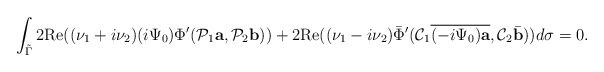
\begin{align*}\int_{\tilde\Gamma}2\mbox{Re} ((\nu_1+i\nu_2){(i\Psi_0)\Phi'(\mathcal P_1 {\mbox{\bf a}},\mathcal P_2 {\mbox{\bf b}})})+2\mbox{Re} ((\nu_1-i\nu_2) {}{\bar\Phi'(\mathcal C_1\overline{(-i \Psi_0)\mbox{\bf a}},\mathcal C_2\bar{\mbox{\bf b}})})d\sigma=0.\end{align*}